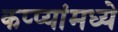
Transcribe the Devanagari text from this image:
कप्प्यांमध्ये